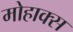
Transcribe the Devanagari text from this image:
मोहाक्स